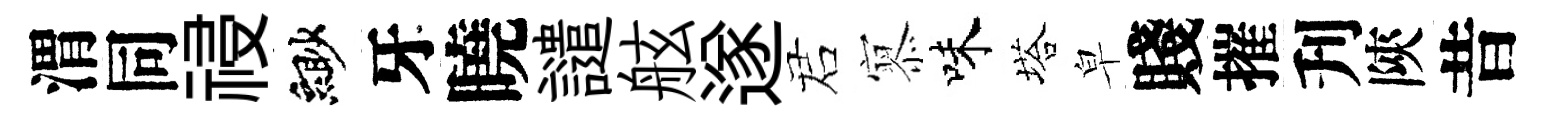
渭同祲緲牙曉譴舷遂诺𡪹味塔皁賤摧刋陝昔